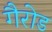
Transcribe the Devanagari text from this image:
गैरोड